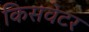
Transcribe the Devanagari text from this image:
किसवेटर